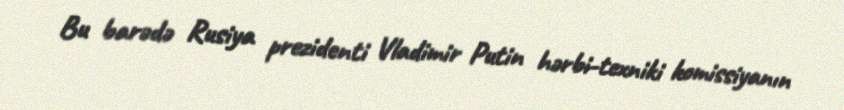
Bu barədə Rusiya prezidenti Vladimir Putin hərbi-texniki komissiyanın